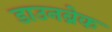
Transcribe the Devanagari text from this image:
डाउनब्रेक